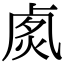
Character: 𠧽